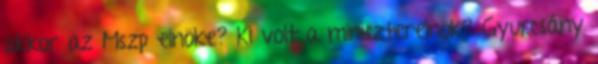
akkor az Mszp elnöke? Ki volt a miniszterelnök? Gyurcsány